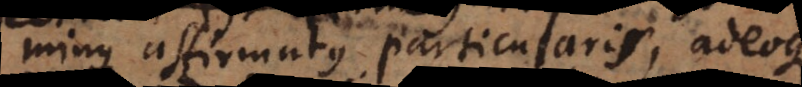
minus affirmatus particularis, adeoque